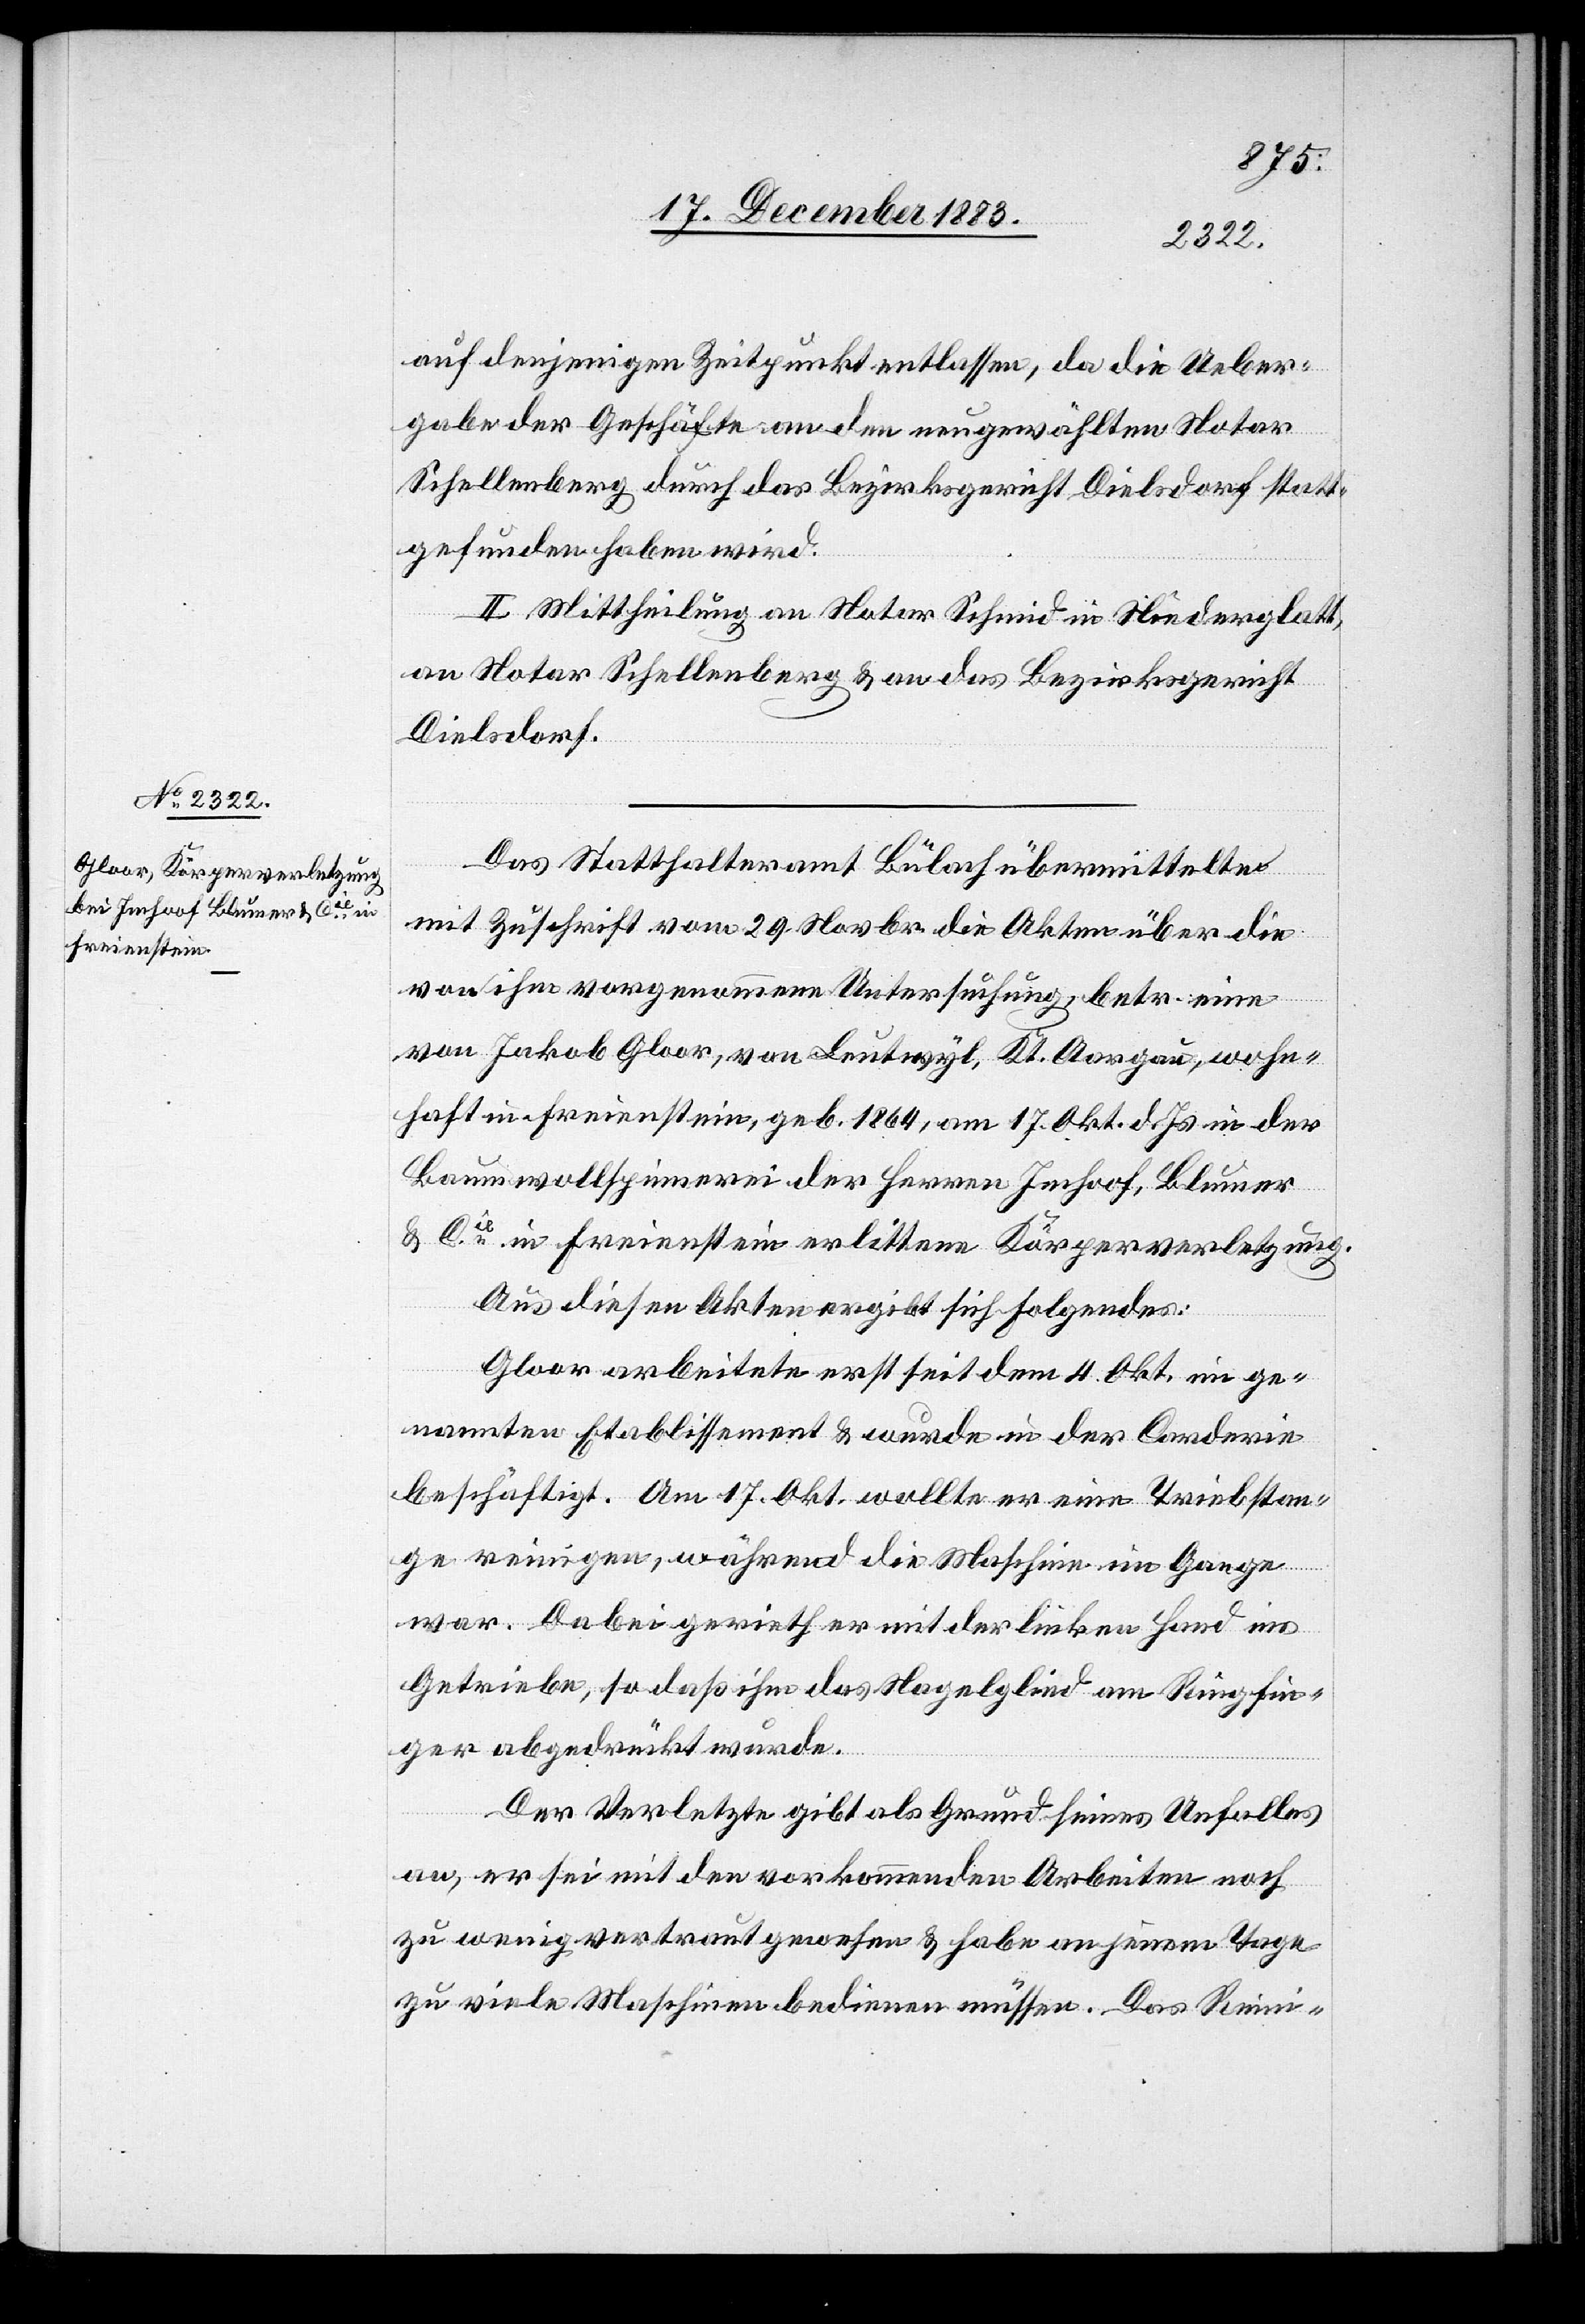
auf denjenigen Zeitpunkte entlassen, da die Ueber¬
gabe Geschäfte an den neugewählten Notar
Schellenberg durch das Bezirksgericht Dielsdorf statt¬
gefunden haben wird.
II. Mittheilung an Notar Schmid in Niederglatt,
an Notar Schellenberg & an das Bezirksgericht
Dielsdorf.
Das Statthalteramt Bülach übermittelte
mit Zuschrift vom 29. Novbr. die Akten über die
von ihm vorgenommene Untersuchung, betr. eine
von Jakob Gloor, von Leutwyl, Kt. Aargau, wohn¬
haft in Freienstein, geb. 1864, am 17. Okt. d. Js. in der
Baumwollspinnerei der Herren Imhoof, Blumer
& Cie in Freienstein erlittene Körperverletzung.
Aus diesen Akten ergibt sich Folgendes:
Gloor arbeitete erst seit dem 4. Okt. im ge¬
nannten Etablissement & wurde in der Carderie
beschäftigt. Am 17. Okt. wollte er eine Triebstan¬
ge reinigen, während die Maschine im Gange
war. Dabei gerieth er mit der linken Hand ins
Getriebe, so daß ihm das Nagellied am Ringfin¬
ger abgedrückt wurde.
Der Verletzte gibt als Grund seines Unfalles
an, er sei mit den vorkommenden Arbeiten noch
zu wenig vertraut gewesen & habe an jenem Tage
zu viele Maschinen bedienen müssen. Das Reini-